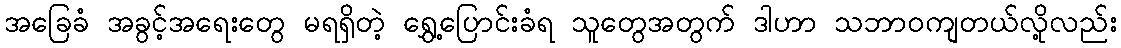
အခြေခံ အခွင့်အရေးတွေ မရရှိတဲ့ ရွှေ့ပြောင်းခံရ သူတွေအတွက် ဒါဟာ သဘာဝကျတယ်လို့လည်း